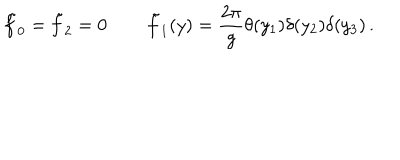
LaTeX: \tilde { f } _ { 0 } = \tilde { f } _ { 2 } = 0 \, \qquad \tilde { f } _ { 1 } ( y ) = { \frac { 2 \pi } { g } } \theta ( y _ { 1 } ) \delta ( y _ { 2 } ) \delta ( y _ { 3 } ) \, .